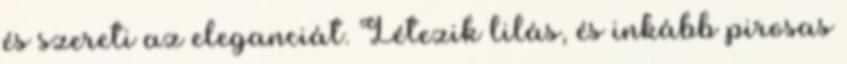
és szereti az eleganciát. Létezik lilás, és inkább pirosas